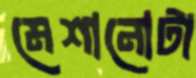
মেশানোটা